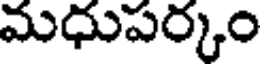
మధుపర్కం